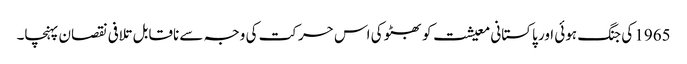
1965 کی جنگ ہوئی اور پاکستانی معیشت کو بھٹو کی اس حرکت کی وجہ سے ناقابل تلافی نقصان پہنچا۔